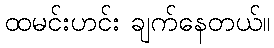
ထမင်းဟင်း ချက်နေတယ်။